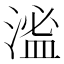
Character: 㴵